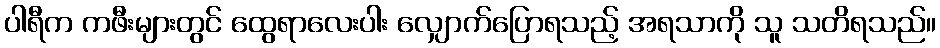
ပါရီက ကဖီးများတွင် ထွေရာလေးပါး လျှောက်ပြောရသည့် အရသာကို သူ သတိရသည်။